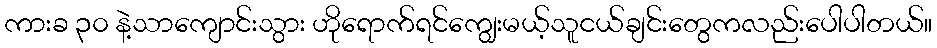
ကားခ ၃၀ နဲ့သာကျောင်းသွား ဟိုရောက်ရင်ကျွေးမယ့်သူငယ်ချင်းတွေကလည်းပေါပါတယ်။